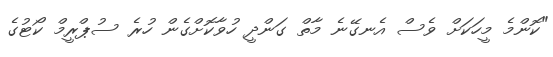
"ކޮންމެ މީހަކަށް ވެސް އެނގޭނެ މާތް ގަންދީ ހުވާކޮށްގެން ހުރެ ސުޕްރީމް ކޯޓުގެ